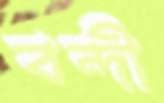
বন্দী